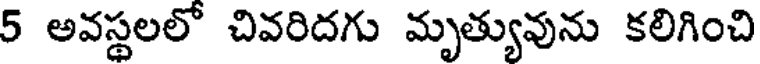
5 అవస్థలలో చివరిదగు మృత్యువును కలిగించి